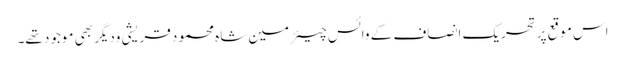
اس موقع پرتحریک انصاف کے وائس چیئرمین شاہ محمود قریشی ودیگر بھی موجود تھے۔